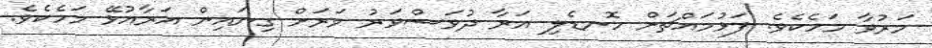
މަރުވާ މަހެކެވެ. ފަޅުމައްޗަށް ހޮނޑެލި އަރާ ދުވަސްވަރު ވަރަށް ގިނައިން އަރާއުޅޭ މަހެކެވެ.